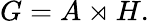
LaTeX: G=A\rtimes H.